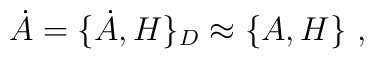
\dot{A}=\{\dot{A},H\}_D\approx \{A,H\}\ ,